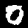
Label: 0